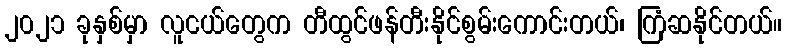
၂၀၂၁ ခုနှစ်မှာ လူငယ်တွေက တီထွင်ဖန်တီးနိုင်စွမ်းကောင်းတယ်၊ ကြံဆနိုင်တယ်။